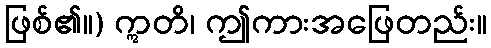
ဖြစ်၏။) ဣတိ၊ ဤကားအဖြေတည်း။